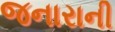
જનારાની